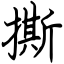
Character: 撕